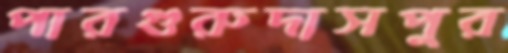
পারগুরুদাসপুর